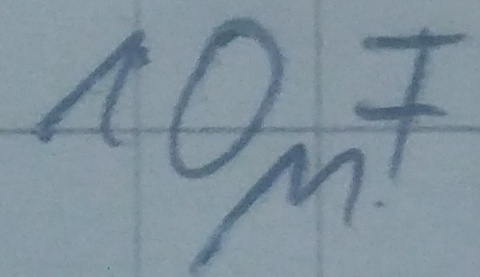
Text: 10µF